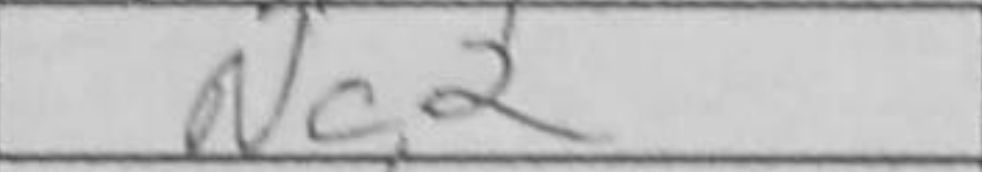
Transcription: Nc2